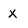
Character: X